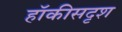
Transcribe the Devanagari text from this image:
हॉकीसदृश